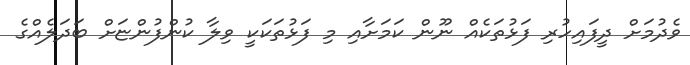
ވެދުމަށް ދީފައިހުރި ފަޅުތަކެއް ނޫން ކަމަށާއި މި ފަޅުތަކަކީ ވިލާ ކުންފުންޏަށް ބަދަލެއްގެ